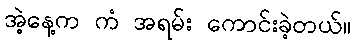
အဲ့နေ့က ကံ အရမ်း ကောင်းခဲ့တယ်။